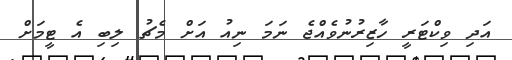
އަދި ވިކްޓަރީ ހާޒިރުނުވެއްޖެ ނަމަ ނިއު އަށް މެޗު ލިބި އެ ޓީމަށް